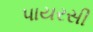
પાયરસી